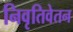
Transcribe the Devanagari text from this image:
निवृतिवेतन